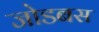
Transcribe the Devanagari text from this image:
जोडबस